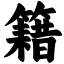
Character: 籍